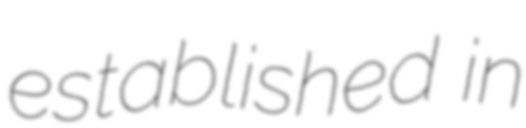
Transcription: established in